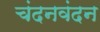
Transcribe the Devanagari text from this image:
चंदनवंदन